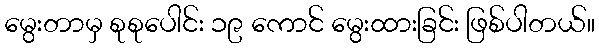
မွေးတာမှ စုစုပေါင်း ၁၉ ကောင် မွေးထားခြင်း ဖြစ်ပါတယ်။